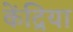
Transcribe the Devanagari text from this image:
केंद्रिया